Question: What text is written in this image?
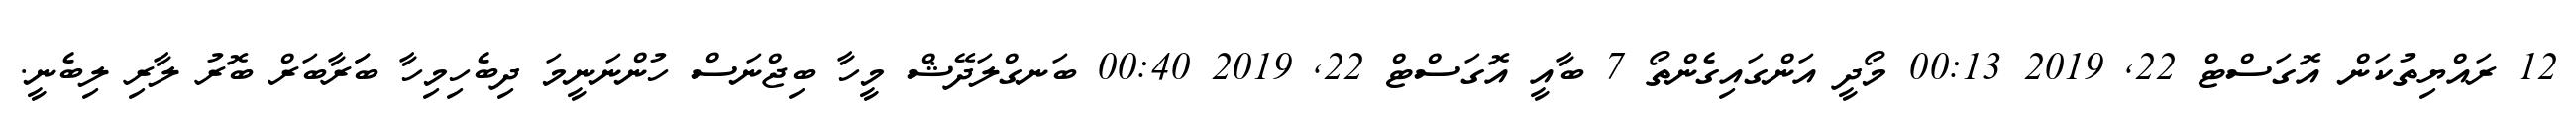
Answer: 12 ރައްޔިތުކަން އޮގަސްޓް 22, 2019 00:13 މޯދީ އަންގައިގެންތޯ 7 ބާއީ އޮގަސްޓް 22, 2019 00:40 ބަނގްލަދޭޝް މީހާ ބިޖްނަސް ހުންނަނީމަ ދިބެހިމިހާ ބަަރާބަރް ބޮރު ލާރި ލިބެނީ.